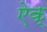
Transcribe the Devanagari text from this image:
ऐक्